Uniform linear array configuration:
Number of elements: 64
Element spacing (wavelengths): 1
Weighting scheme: uniform
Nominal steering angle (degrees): -30
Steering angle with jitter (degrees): -28.661
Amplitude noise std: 0.05
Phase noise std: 0.05

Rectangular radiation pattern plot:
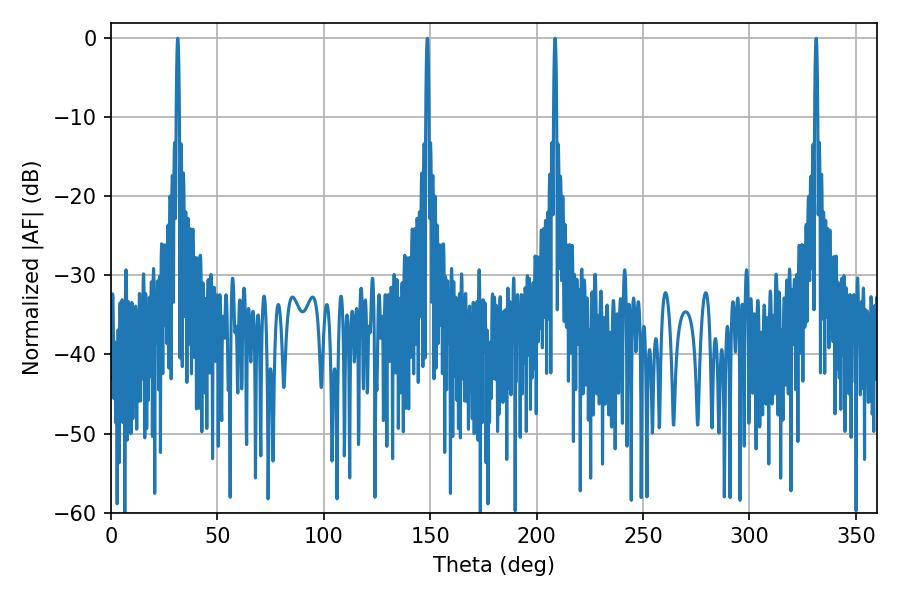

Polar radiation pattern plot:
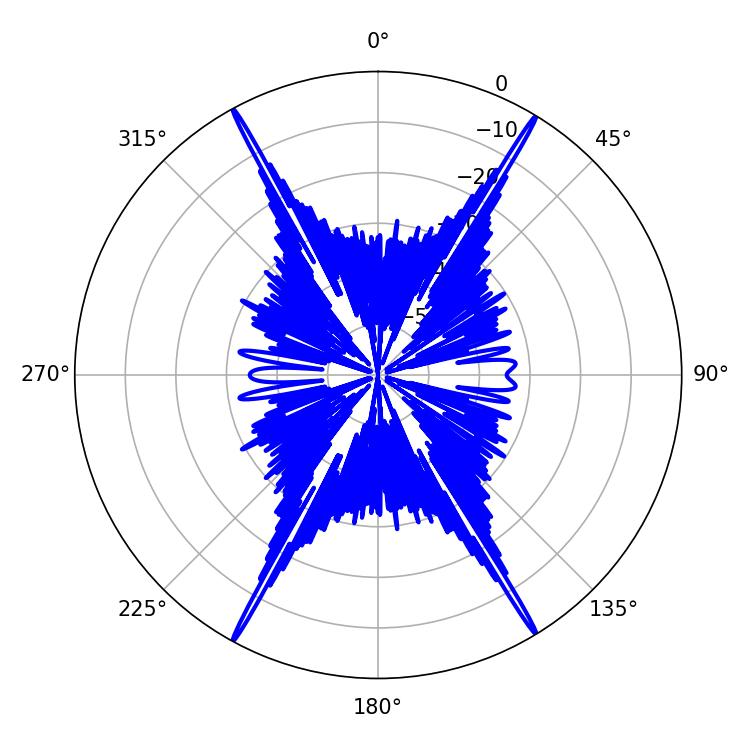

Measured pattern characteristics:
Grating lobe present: TRUE
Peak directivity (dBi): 29.948
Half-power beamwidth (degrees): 0.72
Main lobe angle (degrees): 31.32